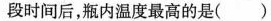
段时间后，瓶内温度最高的是( )